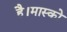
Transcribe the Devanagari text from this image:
है।मास्को